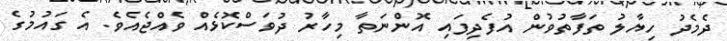
ދެމެދު ހިޔާލު ތަފާތުވުން އުފެދިފައި އޮންނަތާ މިހާރު ދުވަސްކޮޅެއް ވެއްޖެއެވެ. އެ ގައުމުގެ